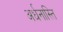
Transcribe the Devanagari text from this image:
अर्धनास्ति